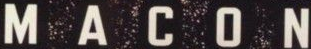
MACON